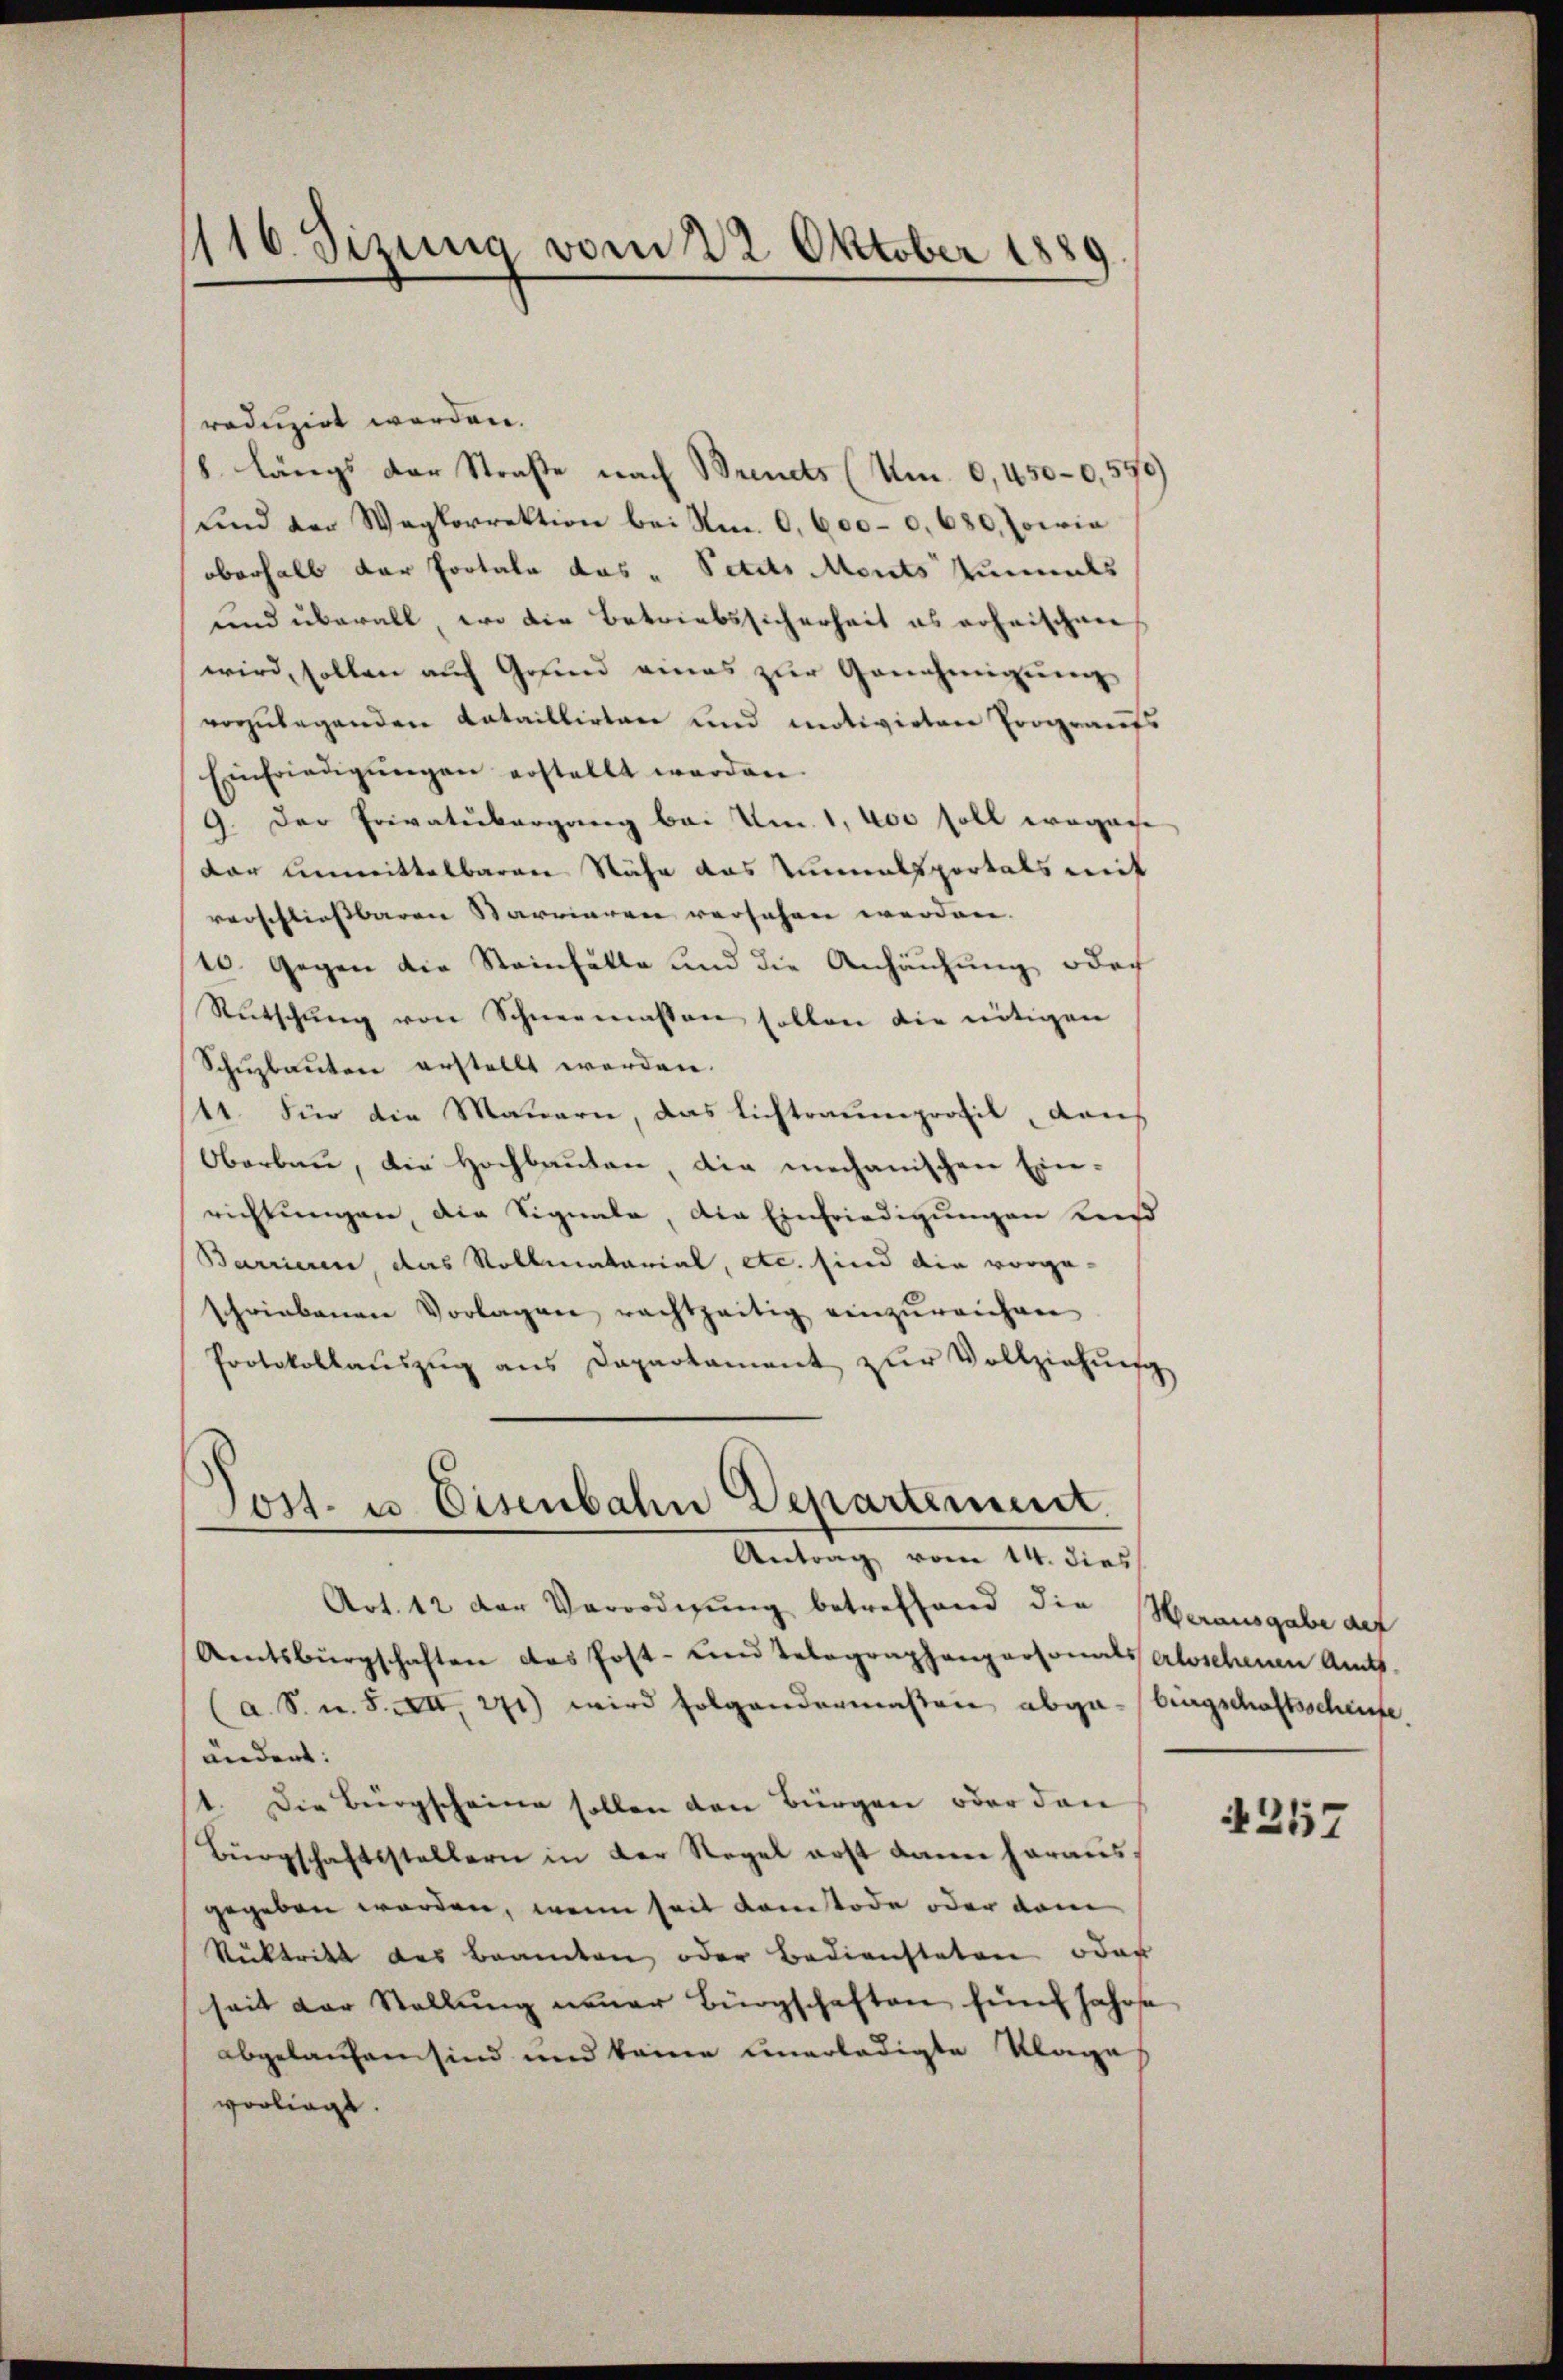
1116. Sizung vom 22 Oktober 1889

roduzirt werden.
8. längs der Straße nach Brendts (m. 0,450–0,570)
und der Wegkorrektion bei Nm. 0. 6000. 680, sowia
oberhalb der Portale das " Petits Ments einmals
und überall, wo die Betriebssicherheit es erheischen
wird, sollen auf Grund eines zur Genehmigung
vorzulegenden Kataillirten und motivirten Prograufs
Einfriedigŭngen erstellt werden.
9. Der Privatubergang bei Um. 1, 400 soll wegense
dar unmittelbaren Nähe das Turnalsportals mit
verschliessbaren Starrieren versehen werden.
10. Gegen die Steinfälle und die Anhäufung odoch
Rutschŭng von Schneemassen sollen die nötigen
Schŭzbauten erstellt werden.
111. Für die Mauern, das Lichtraumprofil, dans
Oberbau, die Hochbauten, die mechanischen Ein-
richtungen, die Signate, die Einfriedigungen Les
Barrieren, das Rollentarial, etc. sind die vorgeschriebenen Vorlagen rachtzeitig einzŭreichen
Protokollaŭszŭg ans Departament zŭr Vollziehŭng
Tost- u Eisenbahn Departement.

Antrag vom 14. dies

Art. 12 der Verordnung betreffend die Herausgabe def
Aentsbürgschaften das Post- und Telegraphenpersonals Aloschenen Amts-
(a. S. u. S. XXII, 271) wird folgendermaßen abga-bingschaftsschenfe
ändert:
1. Die Bürgscheine sollen den Bürgen oder den
Bürgschaftsstellern in der Regel erst dann heraus,
gegeben worden, wenn seit Kantode oder vom
Rücktritt des Beamten oder Bediensteten oder
seit der Stellŭng neuer Bürgschaften fünf Jahrsa
abgelaufen sind und keine unerledigte Klage
vorliegt.

4257